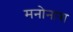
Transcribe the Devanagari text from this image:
मनोनाश